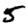
Digit: 5